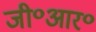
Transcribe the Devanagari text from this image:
जी॰आर॰